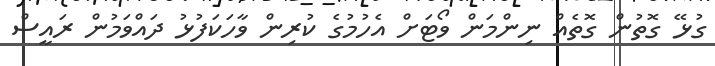
ގުޅޭ ގޮތުން ގޮތެއް ނިންމަން ވޯޓަށް އެހުމުގެ ކުރިން ވާހަކަފުޅު ދައްވަމުން ރައީސް